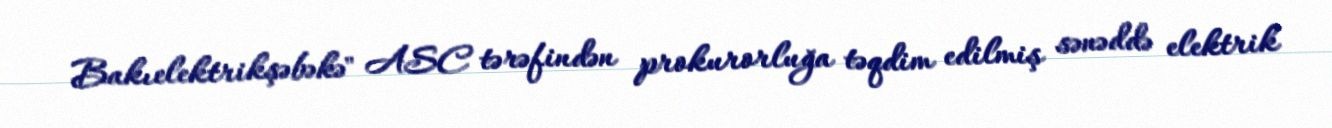
Bakıelektrikşəbəkə" ASC tərəfindən prokurorluğa təqdim edilmiş sənəddə elektrik